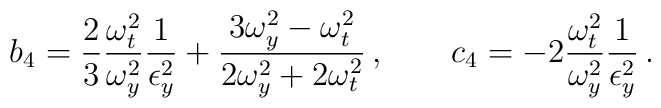
b_4 = \frac{2}{3} \frac{\omega_t^2}{\omega_y^2} \frac{1}{\epsilon_y^2} + \frac{3\omega_y^2-\omega_t^2}{2\omega_y^2 + 2\omega_t^2}\,,\qquad c_4 = - 2 \frac{\omega_t^2}{\omega_y^2} \frac{1}{\epsilon_y^2}\,.